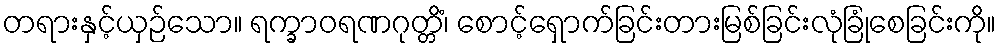
တရားနှင့်ယှဉ်သော။ ရက္ခာဝရဏဂုတ္တိံ၊ စောင့်ရှောက်ခြင်းတားမြစ်ခြင်းလုံခြုံစေခြင်းကို။